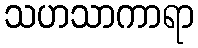
သဟသာကာရာ